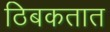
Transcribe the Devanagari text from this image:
ठिबकतात